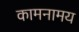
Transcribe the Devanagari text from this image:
कामनामय